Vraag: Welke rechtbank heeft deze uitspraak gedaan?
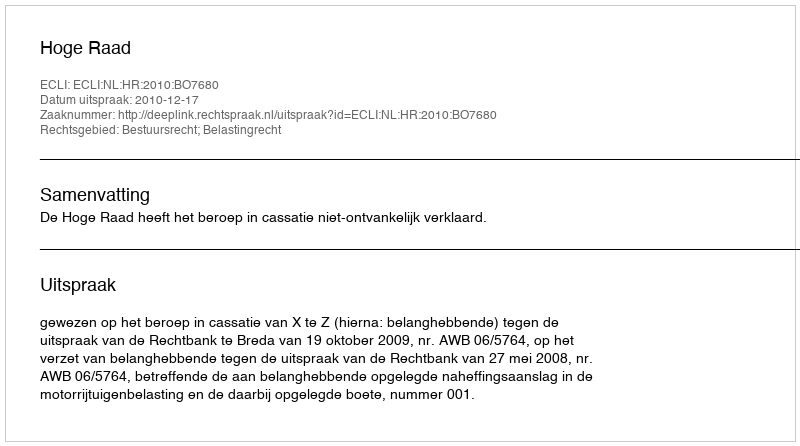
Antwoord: Hoge Raad